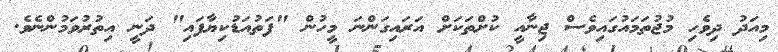
މިއަދު ދިވެހި މުޖުތަމަައުގައިވެސް ޖިނާއީ ކުށްތަކަަށް އަރައިގަންނަ މީހުން "ފަތުއަޑުކިޔާފައި" ދަނީ އިތުރުވަމުންނެވެ.